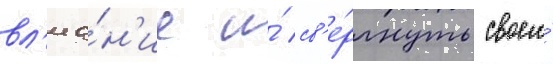
вл'иа́н'ие и́ св'е́ргнуть своего́